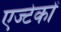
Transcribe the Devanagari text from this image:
एज्टेकों